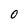
Character: 0